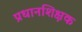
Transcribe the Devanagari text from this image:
प्रधानशिक्षक